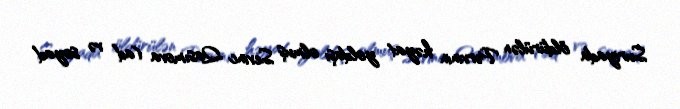
Suriyada öldürülən Pərvinin həyat yoldaşı olmuş Sevinc Qasımova (ad və soyad